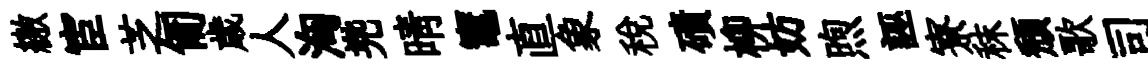
繳宦芝匍歳人洶兠晴竈直象税磧柳妨煦誣寮秣頽歌司